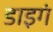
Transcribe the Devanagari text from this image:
डाइगं